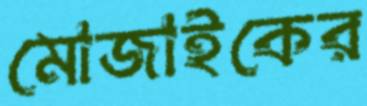
মোজাইকের